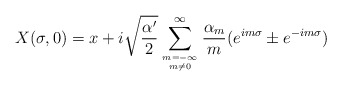
\begin{align*}X(\sigma,0) = x + i\sqrt{\frac{\alpha'}{2} } \sum_{ { m={-\infty} }\atop {m \neq 0} }^\infty\frac{\alpha_m}{m} ( e^{im\sigma} \pm e^{-im\sigma} )\end{align*}